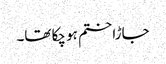
جاڑا ختم ہو چکا تھا۔